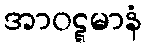
အာဝဋ္ဋမာနံ